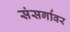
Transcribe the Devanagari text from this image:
संसर्गावर